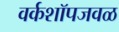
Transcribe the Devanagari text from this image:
वर्कशॉपजवळ